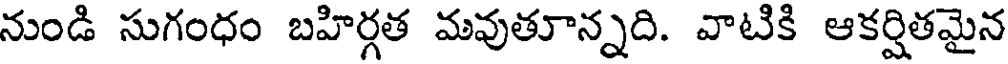
నుండి సుగంధం బహిర్గత మవుతూన్నది. వాటికి ఆకర్షితమైన